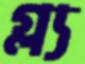
গ্ল্য